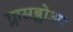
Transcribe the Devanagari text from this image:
ग्लासब्लोअर